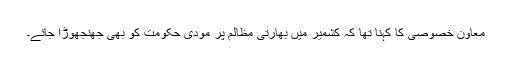
معاون خصوصی کا کہنا تھا کہ کشمیر میں بھارتی مظالم پر مودی حکومت کو بھی جھنجھوڑا جائے۔